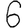
Digit: 6